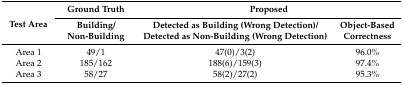
<table><thead><tr><td rowspan="2"><b>Test Area</b></td><td><b>Ground Truth</b></td><td colspan="2"><b>Proposed</b></td></tr><tr><td><b>Building/Non-Building</b></td><td><b>Detected as Building (Wrong Detection)/Detected as Non-Building (Wrong Detection)</b></td><td><b>Object-Based Correctness</b></td></tr></thead><tbody><tr><td>Area 1</td><td>49/1</td><td>47(0)/3(2)</td><td>96.0%</td></tr><tr><td>Area 2</td><td>185/162</td><td>188(6)/159(3)</td><td>97.4%</td></tr><tr><td>Area 3</td><td>58/27</td><td>58(2)/27(2)</td><td>95.3%</td></tr></tbody></table>